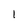
Character: 1